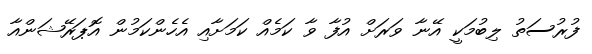
ފުރުސަތު ލިބުމަކީ އޭނާ ވަރަށް އުފާ ވާ ކަމެއް ކަމަށާއި އެހެންކަމުން އޮޕަރޭޝަންއާ